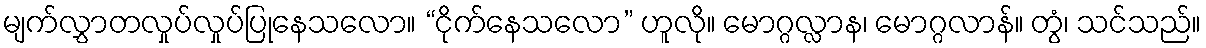
မျက်လွှာတလှုပ်လှုပ်ပြုနေသလော။ “ငိုက်နေသလော” ဟူလို။ မောဂ္ဂလ္လာန၊ မောဂ္ဂလာန်။ တွံ၊ သင်သည်။